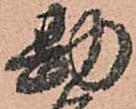
勘